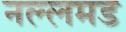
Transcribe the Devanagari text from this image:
नल्लमड